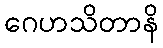
ဂေဟသိတာနိ